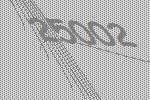
25002